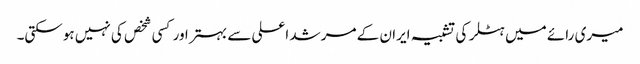
میری رائے میں ہٹلر کی تشبیہ ایران کے مرشد اعلی سے بہتر اور کسی شخص کی نہیں ہوسکتی۔